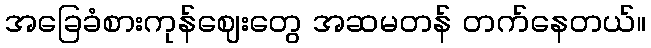
အခြေခံစားကုန်ဈေးတွေ အဆမတန် တက်နေတယ်။